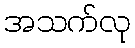
အသက်လု